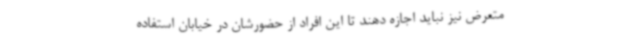
متعرض نیز نباید اجازه دهند تا این افراد از حضورشان در خیابان استفاده